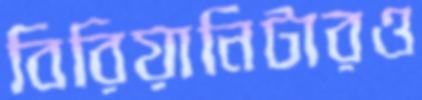
বিরিয়ানিটারও